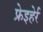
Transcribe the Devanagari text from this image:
फ्रेइहेर्र